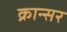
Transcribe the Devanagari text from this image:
क्रान्सर